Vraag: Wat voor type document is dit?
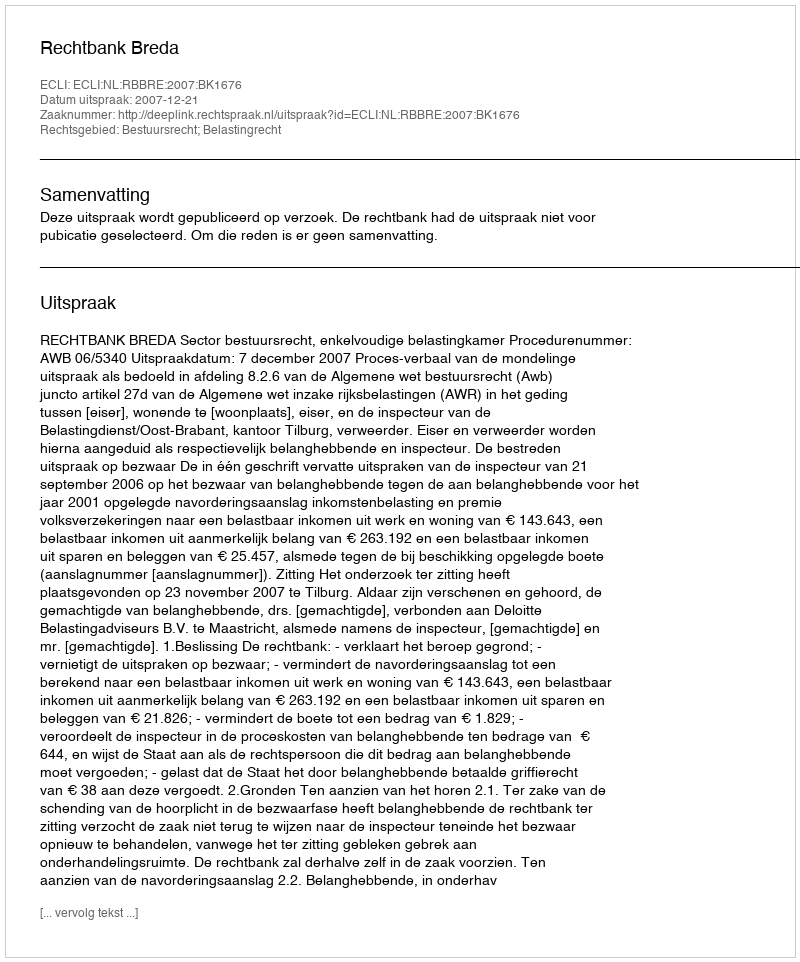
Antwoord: Uitspraak